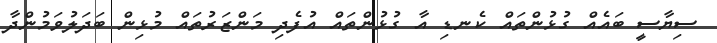
ސިޔާސީ ބައެއް ގުޅުންތައް ކެނޑި އާ ގުޅުންތައް އުފެދި މަންޒަރުތައް މުޅިން ބަދަލުވަމުންދާ